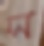
স